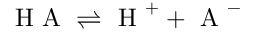
\mathrm { ~ H ~ A ~ } \rightleftharpoons \mathrm { ~ H ~ } ^ { + } + \mathrm { ~ A ~ } ^ { - }